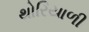
થોરિયાળી